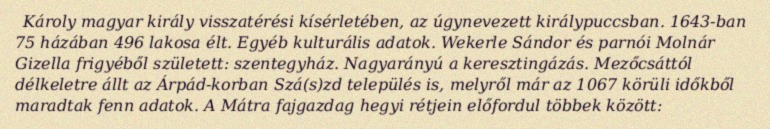
Károly magyar király visszatérési kísérletében, az úgynevezett királypuccsban. 1643-ban 75 házában 496 lakosa élt. Egyéb kulturális adatok. Wekerle Sándor és parnói Molnár Gizella frigyéből született: szentegyház. Nagyarányú a keresztingázás. Mezőcsáttól délkeletre állt az Árpád-korban Szá(s)zd település is, melyről már az 1067 körüli időkből maradtak fenn adatok. A Mátra fajgazdag hegyi rétjein előfordul többek között: